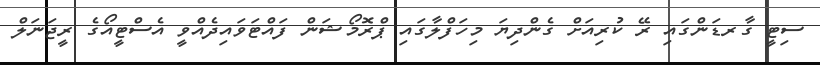
ސިޓީ ގާރޑަންގައި ރޭ ކުރިއަށް ގެންދިޔަ މިހަފްލާގައި ޕްރޮމޯޝަން ފައްޓަވައިދެއްވީ އެސްޓީއޯގެ ރީޖަނަލް